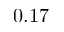
0 . 1 7